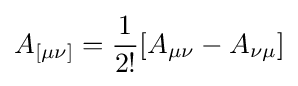
A_{[\mu \nu ]}={\frac {1}{2!}}[A_{\mu \nu }-A_{\nu \mu }]